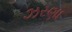
ઝરણા